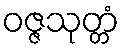
ဝဇ္ဇသုတ္တံ